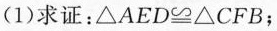
(1)求证：$$△ A E D ≌ △ C F B$$；